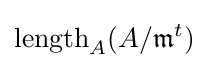
\operatorname {length} _{A}(A/{\mathfrak {m}}^{t})